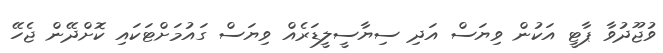
ވުޖޫދުވާ ޕާޓީ އަކުން ވިޔަސް އަދި ސިޔާސީލީޑަރެއް ވިޔަސް ގައުމަށްޓަކައި ކޮށްދޭން ޖެހޭ